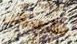
سأتمكن